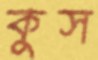
কুস